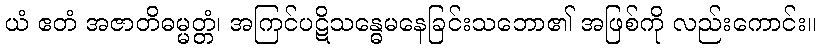
ယံ ဧတံ အဇာတိဓမ္မတ္တံ၊ အကြင်ပဋိသန္ဓေမနေခြင်းသဘော၏ အဖြစ်ကို လည်းကောင်း။